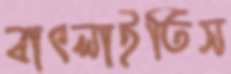
বাৎলাইতিস